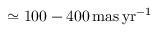
\simeq 1 0 0 - 4 0 0 \, \mathrm { m a s \, y r } ^ { - 1 }